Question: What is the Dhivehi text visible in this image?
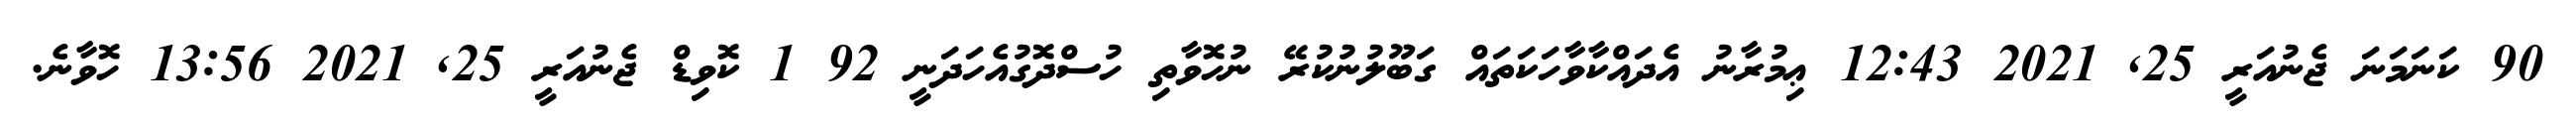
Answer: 90 ކަނަމަނަ ޖެނުއަރީ 25, 2021 12:43 ޢިމުރާނު އެދައްކާވާހަކަތައް ގަބޫލުނުކުރޭ ނުހޮވާތި ހުސްދޮގުއެހަދަނީ 92 1 ކޮވިޑް ޖެނުއަރީ 25, 2021 13:56 ހޮވާނެ.